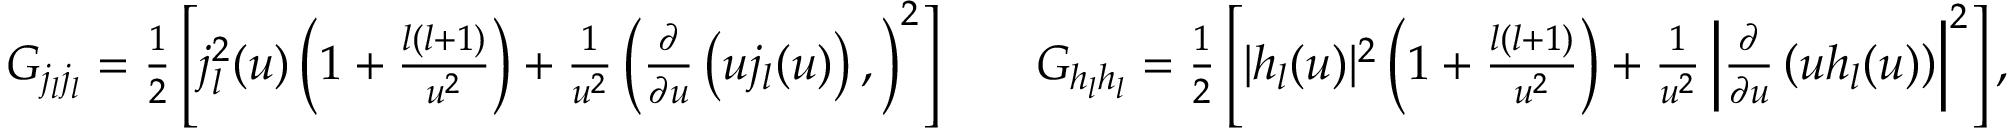
\begin{array} { r l r } { G _ { j _ { l } j _ { l } } = \frac { 1 } { 2 } \left[ j _ { l } ^ { 2 } ( u ) \left( 1 + \frac { l ( l + 1 ) } { u ^ { 2 } } \right) + \frac { 1 } { u ^ { 2 } } \left( \frac { \partial } { \partial u } \left( u j _ { l } ( u ) \right) , \right) ^ { 2 } \right] } & { } & { G _ { h _ { l } h _ { l } } = \frac { 1 } { 2 } \left[ | h _ { l } ( u ) | ^ { 2 } \left( 1 + \frac { l ( l + 1 ) } { u ^ { 2 } } \right) + \frac { 1 } { u ^ { 2 } } \left| \frac { \partial } { \partial u } \left( u h _ { l } ( u ) \right) \right| ^ { 2 } \right] , } \end{array}